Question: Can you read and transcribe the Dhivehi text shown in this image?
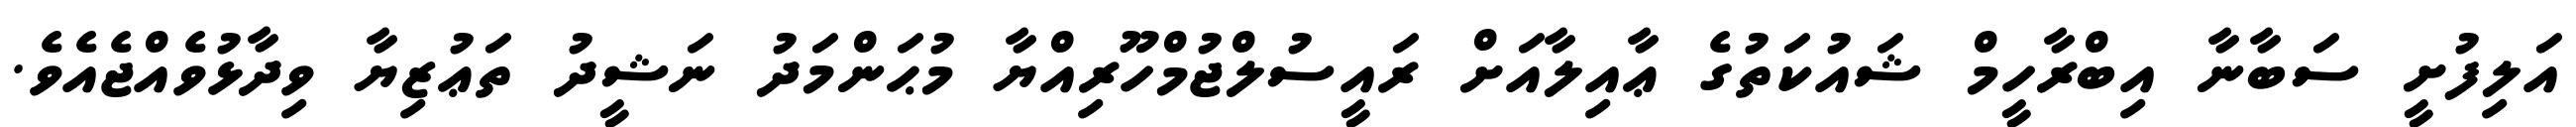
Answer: އަލިފުށީ ސަބާނާ އިބްރާހީމް ޝައުކަތުގެ ޢާއިލާއަށް ރައީސުލްޖުމްހޫރިއްޔާ މުޙަންމަދު ނަޝީދު ތަޢުޒިޔާ ވިދާޅުވެއްޖެއެވެ.